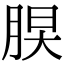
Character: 𦜃